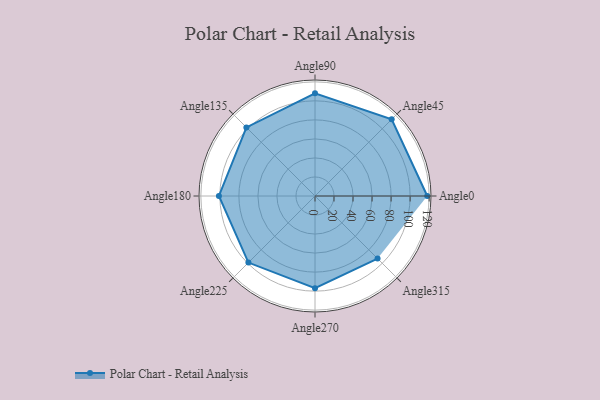
{"axis": {"x": "Angle", "y": "Radius"}, "legend": [""], "data": [{"x": "Angle0", "y": 118.0, "type": ""}, {"x": "Angle45", "y": 114.0, "type": ""}, {"x": "Angle90", "y": 108.0, "type": ""}, {"x": "Angle135", "y": 102.0, "type": ""}, {"x": "Angle180", "y": 101.0, "type": ""}, {"x": "Angle225", "y": 99.0, "type": ""}, {"x": "Angle270", "y": 97.0, "type": ""}, {"x": "Angle315", "y": 93.0, "type": ""}]}